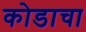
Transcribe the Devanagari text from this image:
कोडाचा